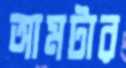
আমটার